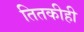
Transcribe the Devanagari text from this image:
तितकीही